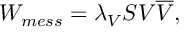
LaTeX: W _ { m e s s } = \lambda _ { V } S V { \overline { { V } } } ,